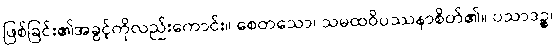
ဖြစ်ခြင်း၏အခွင့်ကိုလည်းကောင်း။ စေတသော၊ သမထဝိပဿနာစိတ်၏။ ပသာဒဉ္စ၊